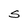
Character: S